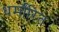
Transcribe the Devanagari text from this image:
धर्मांरित